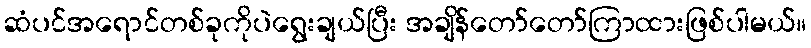
ဆံပင်အရောင်တစ်ခုကိုပဲရွေးချယ်ပြီး အချိန်တော်တော်ကြာထားဖြစ်ပါမယ်။